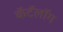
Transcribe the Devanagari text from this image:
कॅटॅलॉग